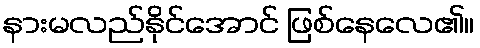
နားမလည်နိုင်အောင် ဖြစ်နေလေ၏။